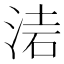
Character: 𣶥